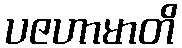
ပဇဟာမာတိ